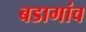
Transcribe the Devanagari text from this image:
बडागांव